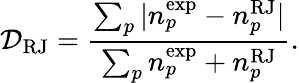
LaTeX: {\cal D}_{\mathrm{RJ}}=\frac{\sum_{p}|n_{p}^{\mathrm{exp}}-n_{p}^{\mathrm{RJ}}|}{\sum_{p}n_{p}^{\mathrm{exp}}+n_{p}^{\mathrm{RJ}}}.